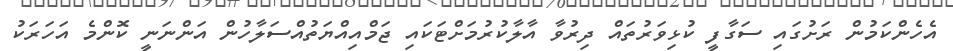
އެހެންކަމުން ރަށުގައި ސަގާފީ ކުޅިވަރުތައް ދިރުވާ އާލާކުރުމަށްޓަކައި ޖަމްއިއްޔަތުއްސަލާހުން އަންނަނީ ކޮންމެ އަހަރަކު